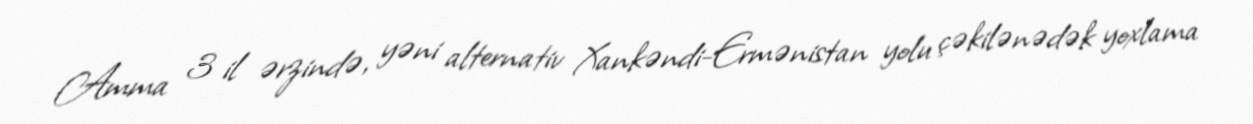
Amma 3 il ərzində, yəni alternativ Xankəndi-Ermənistan yolu çəkilənədək yoxlama